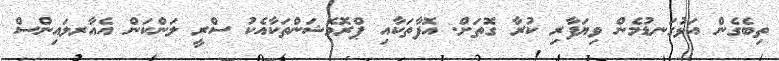
ތިބެގެން އަޅުގަނޑުމެން ވިޔަފާރި ކުރާ ގޮތަށް. އޮފާތަކާއި ޕްރޮމޮޝަންތަކާއެކު ސްރީ ލަންކަން އެއާރލައިންސް